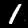
Digit: 1